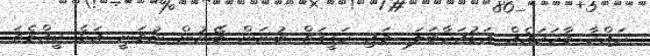
ދައްކާ ވާހަކައެއް އަޑުއަހާބަލަ.. މައި ހަގީގަތް ބުނަން ބޭނުން ނުވަނީ އަޅެ ކީއްވެތަ